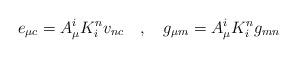
LaTeX: \begin{align*}e_{\mu c}=A_{\mu }^{i}K_{i}^{n}v_{n c}\quad ,\quad g_{\mu m}=A_{\mu}^{i}K_{i}^{n}g_{mn}\end{align*}